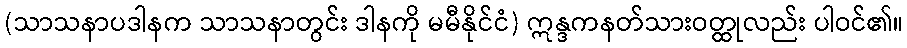
(သာသနာပဒါနက သာသနာတွင်း ဒါနကို မမီနိုင်ငံ) ဣန္ဒကနတ်သားဝတ္ထုလည်း ပါဝင်၏။